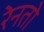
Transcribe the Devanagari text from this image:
रेनतो